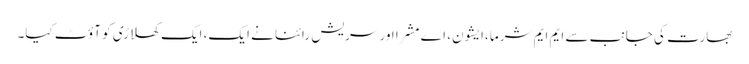
بھارت کی جانب سے ایم ایم شرما ،ایشون، اے مشرا اور سریش رائنا نے ایک، ایک کھلاڑی کو آؤٹ کیا۔